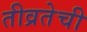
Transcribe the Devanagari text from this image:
तीव्रतेची